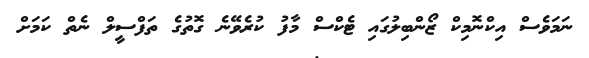
ނަމަވެސް އިކްނޮމިކް ޒޯންބިލުގައި ޓެކްސް މާފު ކުރެވޭނެ ގޮތުގެ ތަފްސީލް ނެތް ކަމަށް